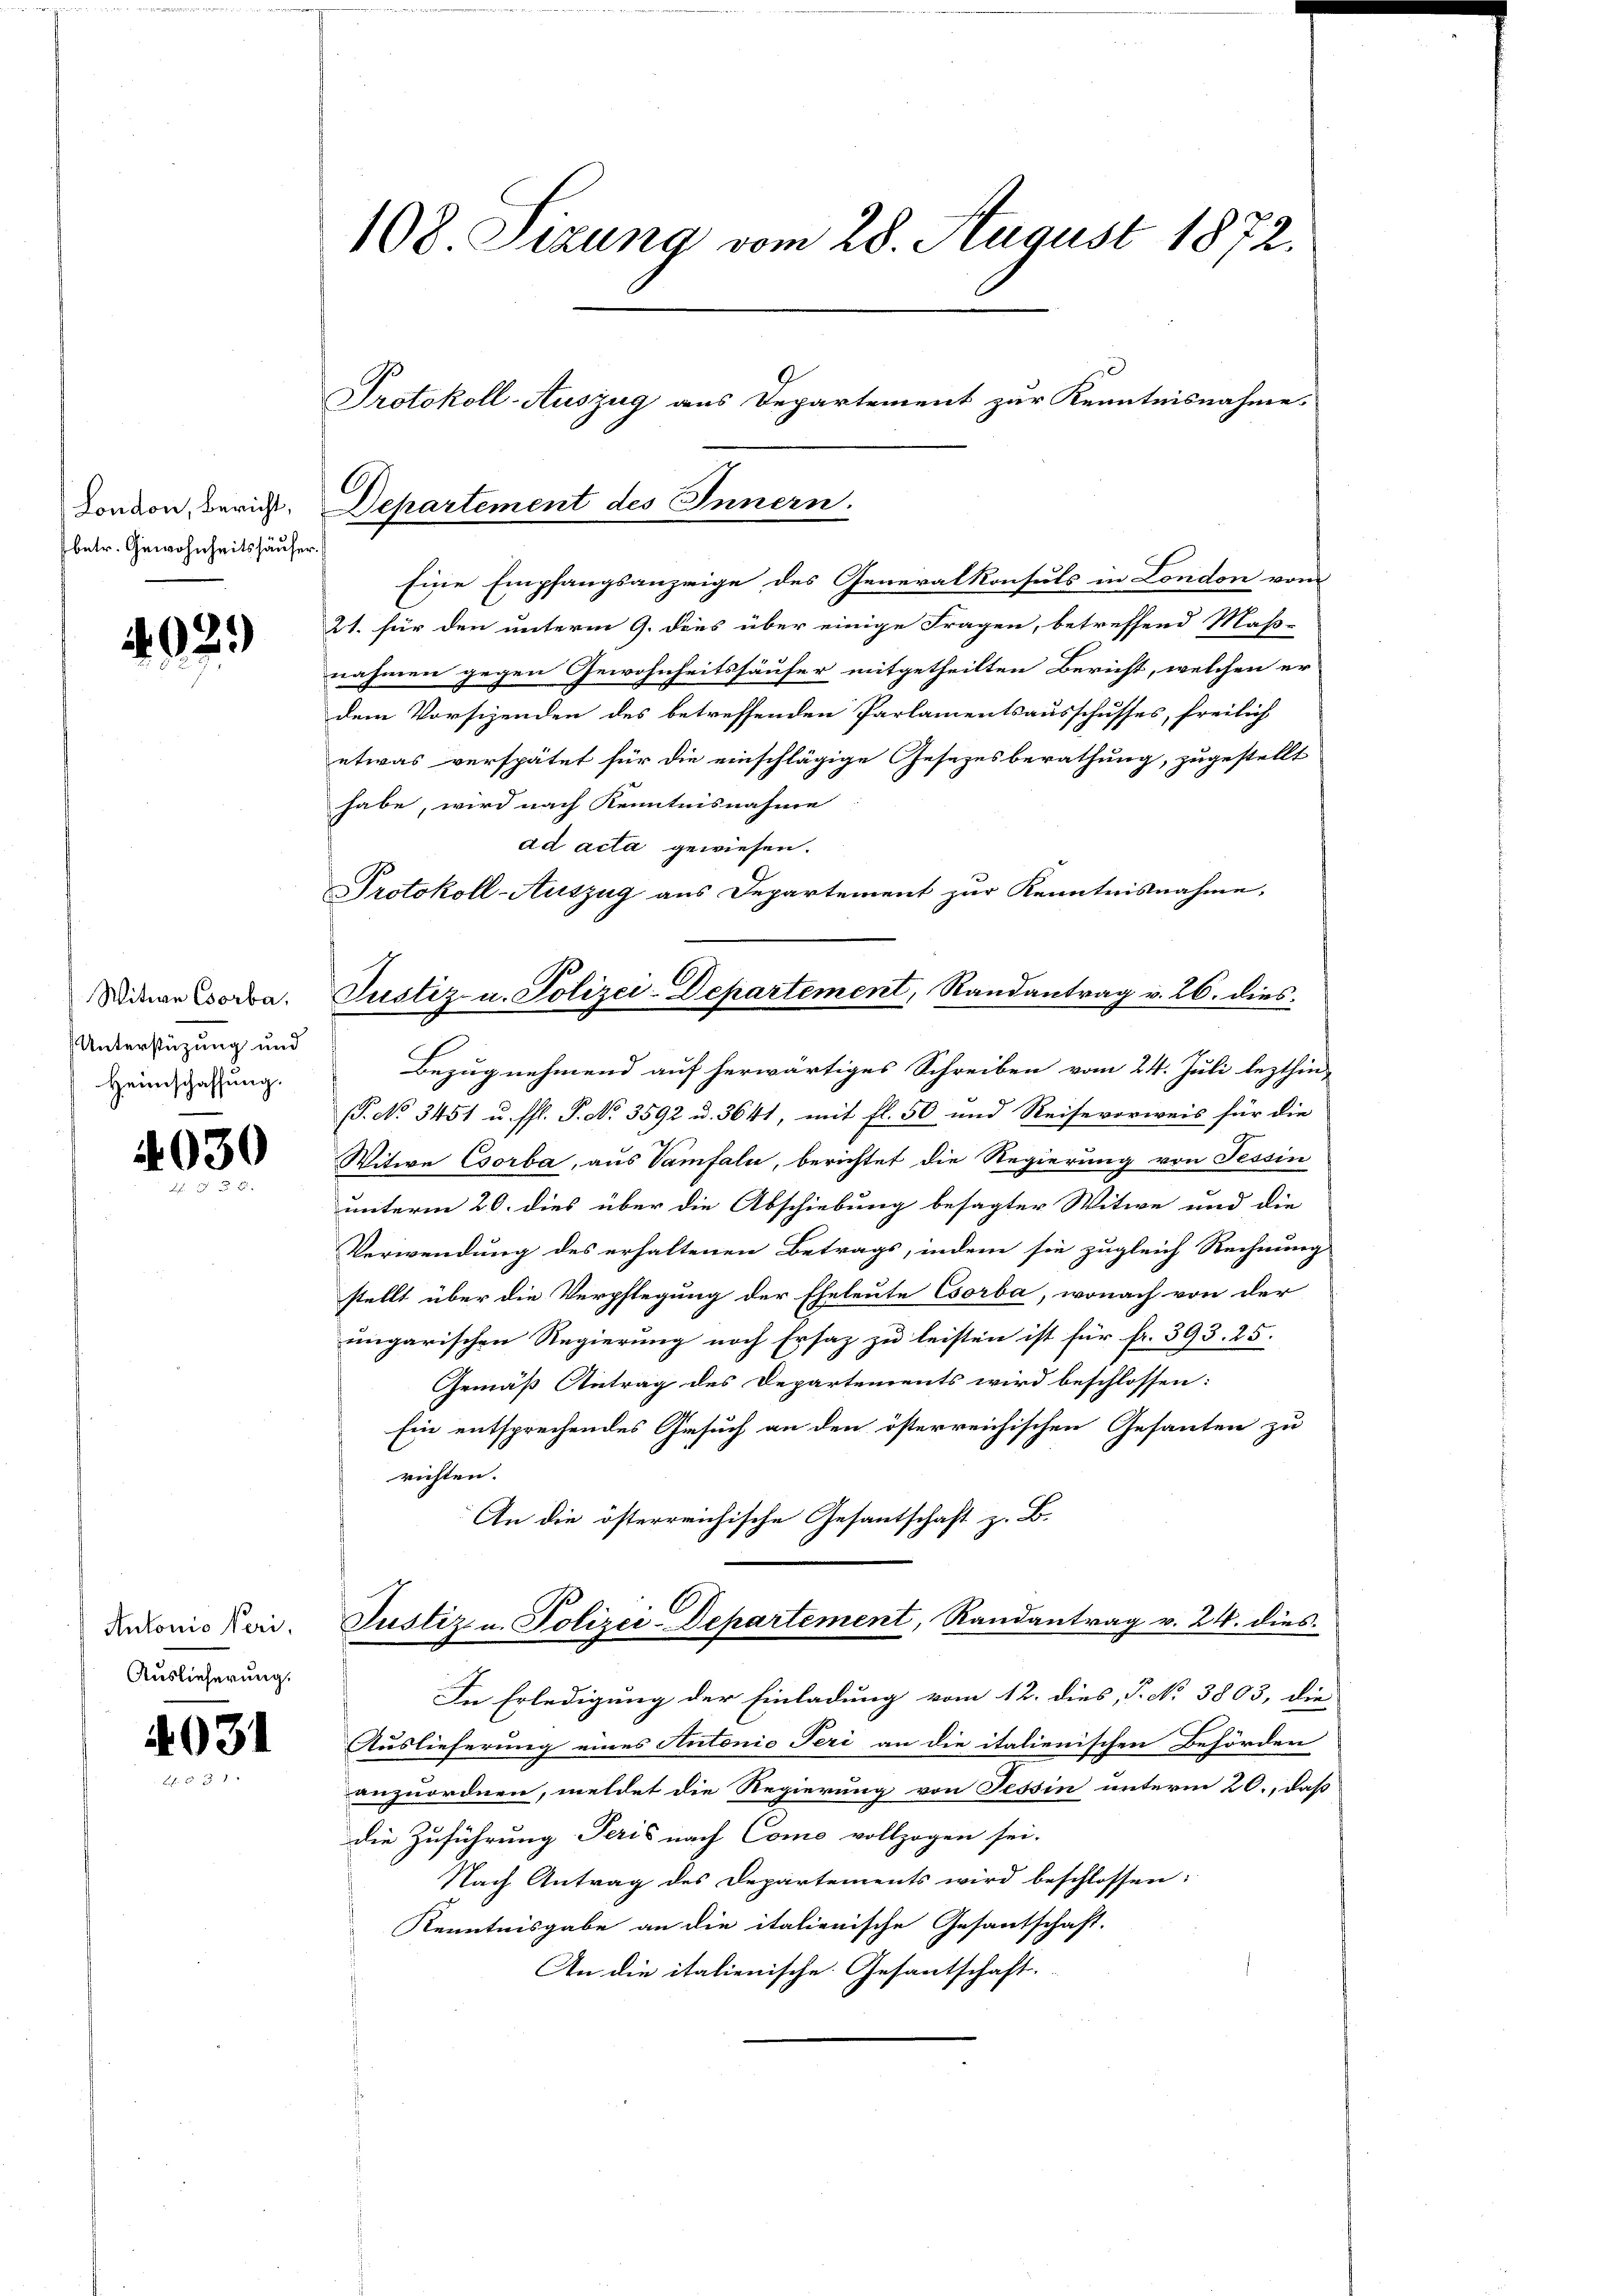
London, Bericht,
betr. Gewohnheitshäuser

02.)

Witwe Csorba
Unterstüzung und
Heimschaffung.

4030
 E

Antonis Veri.
Auslieferung.

4031

108 Sizung vom 28. August 1872.

Protokoll-Auszug aus Departement zur Kenntnisnahme.
C
Departement des Innern.

Eine Empfangsanzeige des Generalkonsuls in London vom
21. für den unterm 9. dies über einige Fragen, betreffend Maß-
nahmen gegen Gewohnheitshäufer mitgetheilten Bericht, welchen er
dem Vorsizenden des betreffenden Parlamentsausschusses, freilich
etwas verspätet für die einschlägige Gesetzesberathung, zugestellt
habe, wird nach Kenntnisnahme
ad acta gewiesen.
Protokoll-Auszug aus Departement zur Kenntnisnahme,
Bezug nehmend auf herwärtiges Schreiben vom 24. Juli lezthin-
(. No 3451 u. ffl. P. No 3592 u. 3641, mit fl. 50 und Reise vorweis für die
Witwe Csorba, aus Vamfaln, berichtet die Regierung von Tessin
unterm 20. dies über die Abschiebung besagter Witwe und die
Verwendung des erhaltenen Betrags, indem sie zugleich Rechnung
stellt über die Verpflegung der Eheleute Csorba, wonach von der
ungarischen Regierung noch Ersatz zu leisten ist für fr. 393. 25.
Gemäß Antrag des Departements wird beschlossen:
Ein entsprechendes Gesuch an den österreichischen Gesanten zu
richten.
An die österreichische Gesantschaft z. B.
Justiz u. Polizei-Departement, Randantrag v. 24. dies
In Erledigung der Einladung vom 12. dies, P. No 3803, die
Auslieferung eines Antonio Peri an die italienischen Behörden
anzuordnen, meldet die Regierung von Tessin unterm 20., daß
die Zuführung Peris nach Come vollzogen sei.
Nach Antrag des Departements wird beschlossen:
Kenntnisgabe an die italienische Gesantschaft.
An die italienische Gesantschaft.

Justiz- u. Polizei-Departement, Randantrag v. 26. dies